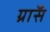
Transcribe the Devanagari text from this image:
ग्राॅस